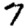
Digit: 7